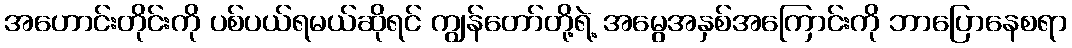
အဟောင်းတိုင်းကို ပစ်ပယ်ရမယ်ဆိုရင် ကျွန်တော်တို့ရဲ့ အမွေအနှစ်အကြောင်းကို ဘာပြောနေစရာ